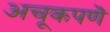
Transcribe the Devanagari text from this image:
अचूकपणॆ